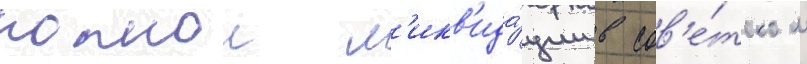
полнои л'икв'ида́ции в сов'е́тском